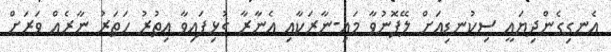
އެނގިގެންދިޔައީ ސިކުނޑިއަށް ލޭފޮނުވާ މައި-ނާރަކާއި އެނާރާ ގުޅިފައިވާ އިތުރު ހަތަރު ނާރެއް ވަރަށް